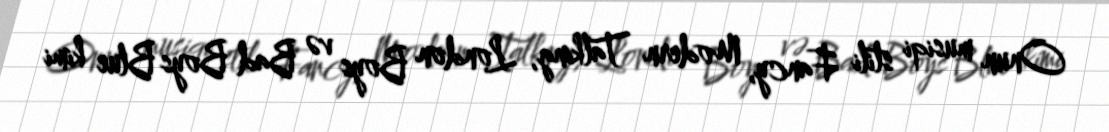
Onun musiqi stili Fancy, Modern Talking, London Boys və Bad Boys Blue kimi